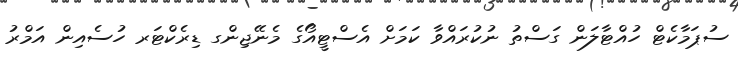
ސުޕަމާކެޓް ހުއްޓާލަން ގަސްތު ނުކުރައްވާ ކަމަށް އެސްޓީއޯގެ މެނޭޖިންގ ޑިރެކްޓަރ ހުސެއިން އަމްރު